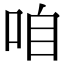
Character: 咱